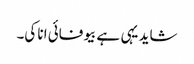
شاید یہی ہے بیوفائی انا کی۔